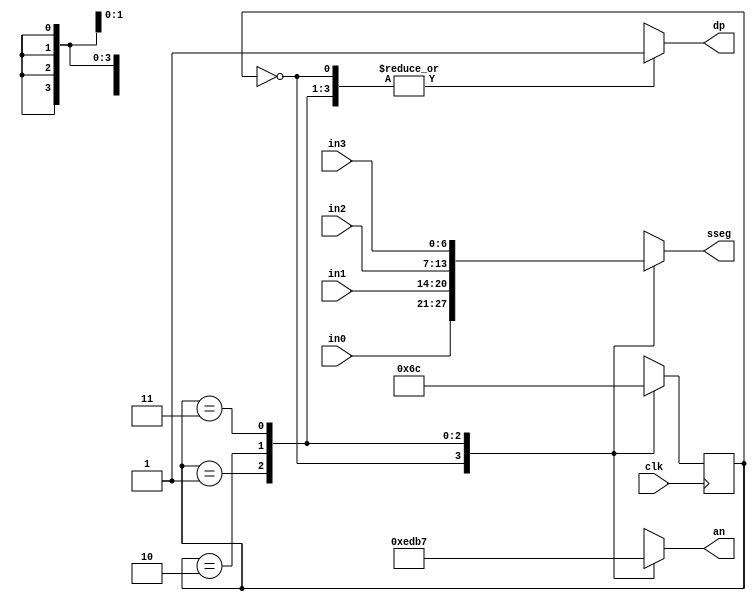
`timescale 1ns / 1ps

module display_board(input clk,
    input [6:0] in0,
    input [6:0] in1,
    input [6:0] in2,
    input [6:0] in3,
    output reg[3:0] an,
    output reg[6:0] sseg,
    output reg dp
);

    reg[1:0] state = 0;
    reg[1:0] next_state;
    
    always @(*) begin
        case(state)
            2'b00: next_state = 2'b01;
            2'b01: next_state = 2'b10;
            2'b10: next_state = 2'b11;
            2'b11: next_state = 2'b00;
        endcase
    end
    
    always @(*) begin
        case(state)
            2'b00: begin sseg = in0; dp = 1; end
            2'b01: begin sseg = in1; dp = 1; end
            2'b10: begin sseg = in2; dp = 1; end
            2'b11: begin sseg = in3; dp = 1; end
        endcase
    end
    
    always @(*) begin
        case(state)
            2'b00: an = 4'b1110;
            2'b01: an = 4'b1101;
            2'b10: an = 4'b1011;
            2'b11: an = 4'b0111;
        endcase
    end
    
    always @(posedge clk) begin
        state <= next_state;
    end
endmodule